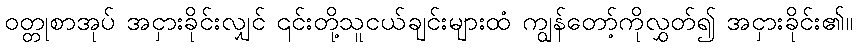
ဝတ္တုစာအုပ် အငှားခိုင်းလျှင် ၎င်းတို့သူငယ်ချင်းများထံ ကျွန်တော့်ကိုလွှတ်၍ အငှားခိုင်း၏။